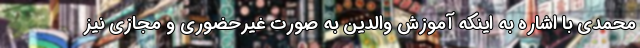
محمدی با اشاره به اینکه آموزش والدین به صورت غیرحضوری و مجازی نیز